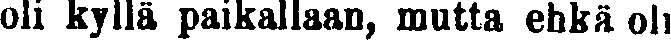
oli kyllä paikallaan, mutta ehkä oli